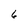
Character: 6